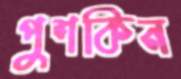
পুশকিন